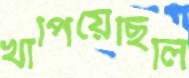
খাপিয়েছিলি